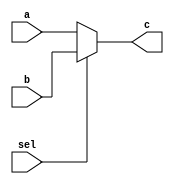
module mux #(parameter width=22) (a,b,c,sel);
input [width-1:0] a;
input [width-1:0] b;
output reg [width-1:0] c;
input sel;

always@(*)
begin
if(sel)
    begin
    c=b;
    end
else
    begin
    c=a;
    end
end
endmodule